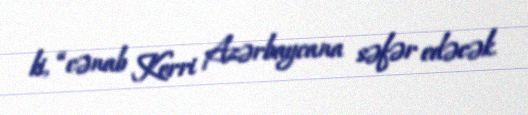
ki, “cənab Kerri Azərbaycana səfər edəcək.